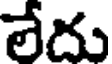
లేదు